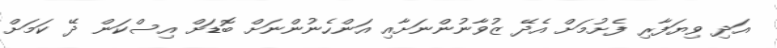
އަދި ވިޔަފާރި ފެށުމަށް އެދޭ ޒުވާނުންނަށާއި އަންހެނުންނަށް ބޮޑަށް އިސްކަން ދޭ ކަމަށް